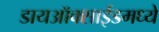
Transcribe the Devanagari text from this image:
डायऑक्साईडमध्ये